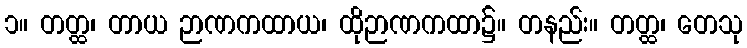
၁။ တတ္ထ၊ တာယ ဉာဏကထာယ၊ ထိုဉာဏကထာ၌။ တနည်း။ တတ္ထ၊ တေသု